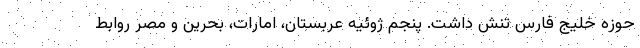
حوزه خلیج فارس تنش داشت. پنجم ژوئیه عربستان، امارات، بحرین و مصر روابط